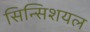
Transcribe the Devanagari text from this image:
सिन्सिशयल